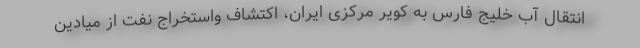
انتقال آب خلیج فارس به کویر مرکزی ایران، اکتشاف واستخراج نفت از میادین